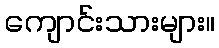
ကျောင်းသားများ။